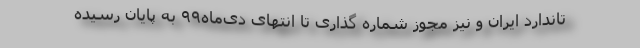
تاندارد ایران و نیز مجوز شماره گذاری تا انتهای دی‌ماه۹۹ به پایان رسیده